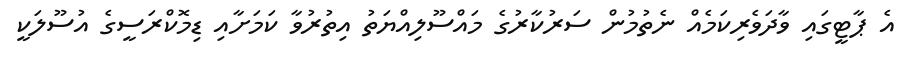
އެ ޕާޓީގައި ވާދަވެރިކަމެއް ނެތުމުން ސަރުކާރުގެ މައްސޫލިއްޔަތު އިތުރުވާ ކަމަށާއި ޑިމޮކްރަސީގެ އުސޫލަކީ